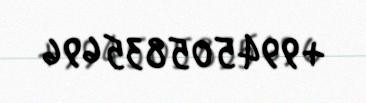
+994505835696